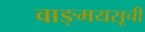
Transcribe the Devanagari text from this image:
वाङ्मयसूची